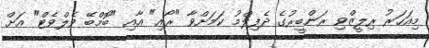
މިއަހަރު ރިލީޒްވި ރަންބީރުގެ ދެފިލްމު ކަމަށްވާ "ރޯއި" އާއި "ބޮމްބޭ ވެލްވެޓް" އަށް